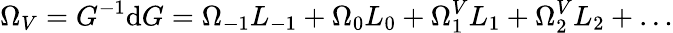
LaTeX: \Omega_{V}=G^{-1}\mathrm{d}G=\Omega_{-1}L_{-1}+\Omega_{0}L_{0}+\Omega_{1}^{V}L_{1}+\Omega_{2}^{V}L_{2}+\ldots